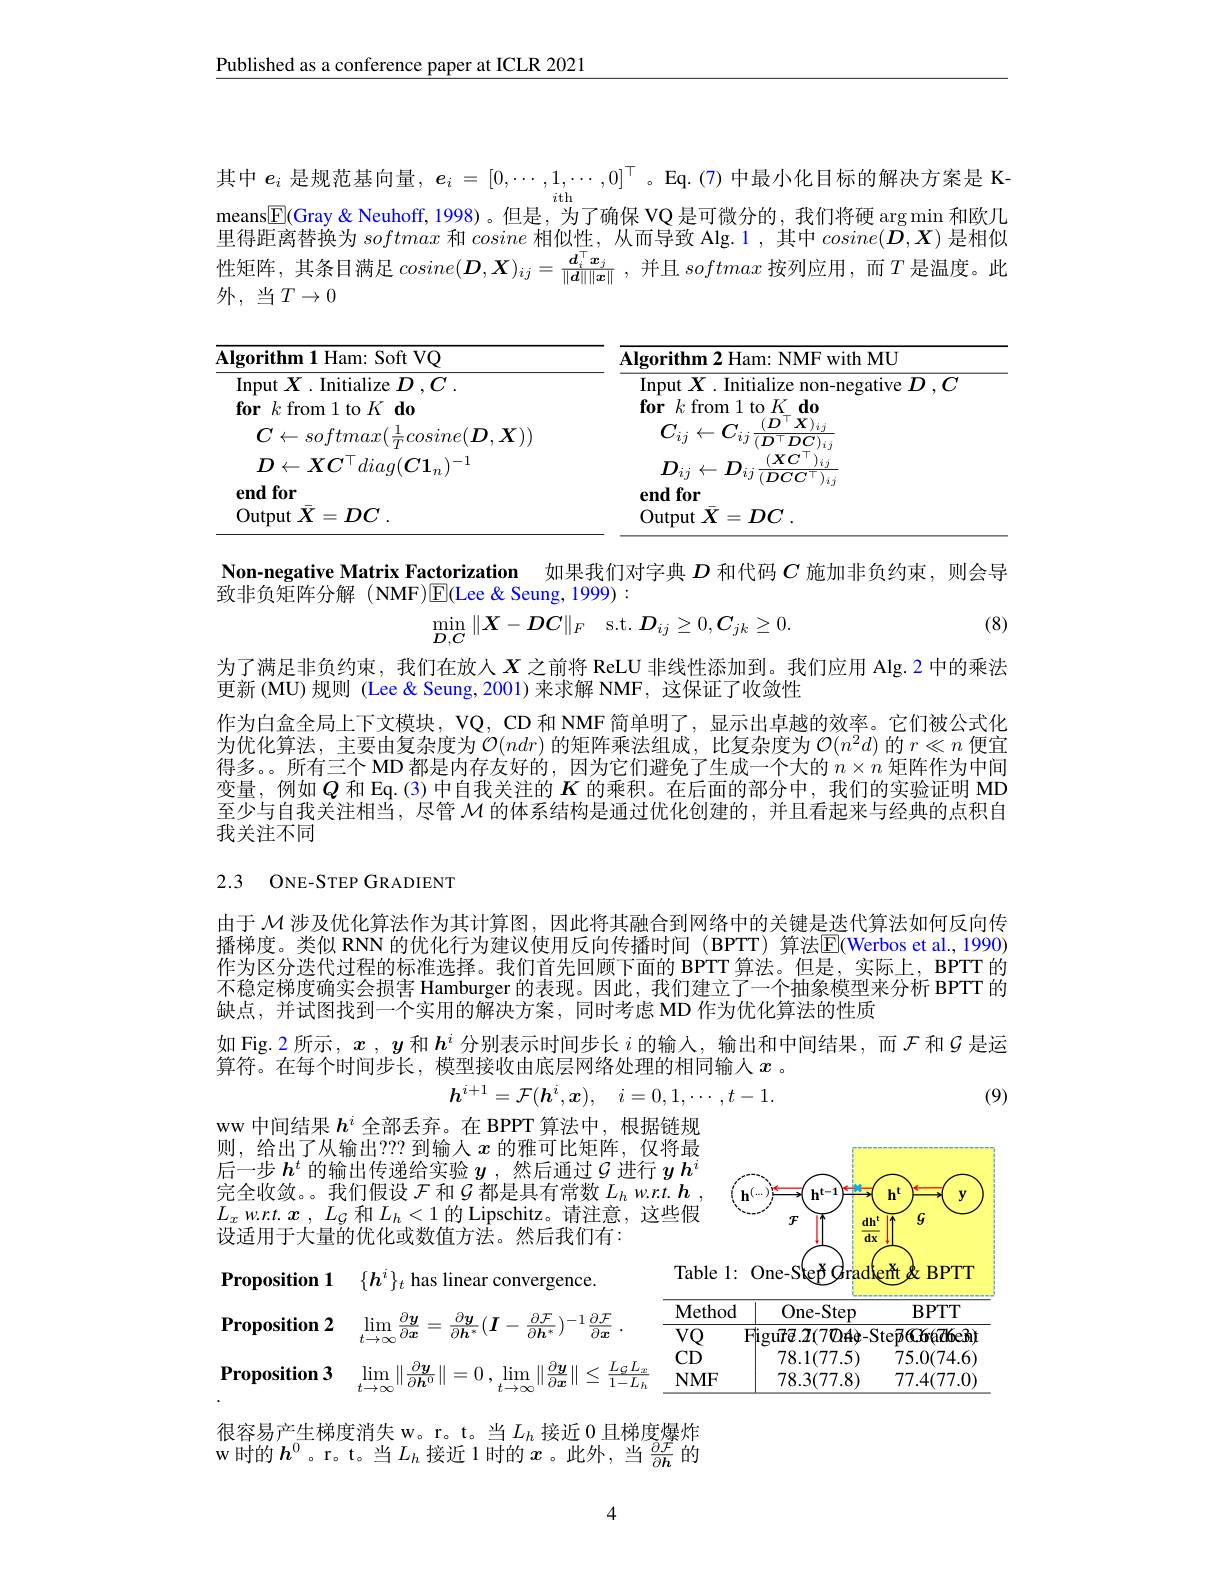
Published as a conference paper at ICLR 2021

其中$e_i$是规范基向量，$\boldsymbol e_i=[0,\cdots,1,\cdots,0]^\top$。Eq.(7)中最小化目标的解决方案是 Kmeans$\underline{\mathbb{F}}$(Gray & Neuhoff, 1998)。但是，为了确保 VQ 是可微分的，我们将硬 arg min 和欧几里得距离替换为softmax和cosine相似性，从而导致 Alg.1,其中$cosine(\boldsymbol{D},\boldsymbol{X})$是相似生矩阵，其条目满足$cosine(\boldsymbol{D},\boldsymbol{X})_{ij}=\frac{\boldsymbol{d}_i^{|}\boldsymbol{x}_j}{\|\boldsymbol{d}\|\|\boldsymbol{x}\|}$, 并且 softmax 按列应用，而$T$ 是温度。此外，当$T\to0$

<table>
	<tbody>
		<tr>
			<th>$\textbf{lgorithm 1 Ham: Soft VQ}$</th>
			<th>$\textbf{Algorithm 2 Ham: NMF with MU}$</th>
		</tr>
		<tr>
			<td>Input $X.$ Initialize $D,C$ $\textbf{for}k$from1to$K\textbf{do}$</td>
			<td>Input $X.$ Initialize non-negative $D,C$ $\textbf{for}k$ from 1 to $K\textbf{do}$</td>
		</tr>
		<tr>
			<td>$C\leftarrow softmax(\frac{1}{T}cosine(\boldsymbol{D},\boldsymbol{X}))$</td>
			<td>$C_{ij}\leftarrow C_{ij}$ $(D^{\:|}X)_{ij}$ $\overline{(D^{\top}DC)_{ij}}$</td>
		</tr>
		<tr>
			<td>$D\leftarrow XC^{\top}diag(C1_{n})^{-1}$ $\mathbf{endfor}$ $\operatorname { \mathrm{Output~}} \bar{X} = DC$ .</td>
			<td>$\boldsymbol{D}_{ij}\leftarrow\boldsymbol{D}_{ij}\frac{(XC^{\:|})_{ij}}{(DCC^{\:\top})_{ij}}$ $(XC^{\top})_{ij}$ $\mathbf{endfor}$ Output$\bar{\boldsymbol{X}} = DC$</td>
		</tr>
	</tbody>
</table>

Non-negative Matrix Factorization 如果我们对字典$D$和代码$C$施加非负约束，则会导

致非负矩阵分解(NMF)$\operatorname{E}($Lee&Seung,1999):

(8)
$$\min_{D,C}\|X-DC\|_{F}\quad\mathrm{s.t.}\:D_{ij}\geq0,C_{jk}\geq0.$$
为了满足非负约束，我们在放人$X$之前将 ReLU 非线性添加到。我们应用 Alg.2 中的乘法
更新 (MU)规则 (Lee & Seung, 2001) 来求解 NMF, 这保证了收敛性

作为白盒全局上下文模块，VQ, CD 和 NMF 简单明了，显示出卓越的效率。它们被公式化为优化算法，主要由复杂度为$\mathcal{O}(ndr)$的矩阵乘法组成，比复杂度为$\mathcal{O}(n^2d)$的$r\ll n$便宜得多。。所有三个 MD 都是内存友好的，因为它们避免了生成一个大的$n\times n$矩阵作为中间变量，例如$Q$和 Eq.(3)中自我关注的$K$的乘积。在后面的部分中，我们的实验证明 MD 至少与自我关注相当，尽管$\mathcal{M}$的体系结构是通过优化创建的，并且看起来与经典的点积自我关注不同

# 2.3 ONE-STEP GRADIENT

由于$\mathcal{M}$涉及优化算法作为其计算图，因此将其融合到网络中的关键是迭代算法如何反向传播梯度。类似 RNN 的优化行为建议使用反向传播时间 (BPTT) 算法$\overline{\mathrm{E}}($Werbos et al.,1990) 作为区分迭代过程的标准选择。我们首先回顾下面的 BPTT 算法。但是，实际上，BPTT 的不稳定梯度确实会损害 Hamburger 的表现。因此，我们建立了一个抽象模型来分析 BPTT 的缺点，并试图找到一个实用的解决方案，同时考虑 MD 作为优化算法的性质
如 Fig. 2 所示$,x,y$和$h^i$分别表示时间步长$i$的输入，输出和中间结果，而$\mathcal{F}$和$\mathcal{G}$是运
算符。在每个时间步长，模型接收由底层网络处理的相同输人$x$ 。
$h^{i+ 1}= \mathcal{F} ( \boldsymbol{h}^i, \boldsymbol{x}) $, $i= 0, 1, \cdots , t- 1.$
(9)

ww 中间结果$h^i$全部丢弃。在 BPPT 算法中，根据链规

则，给出了从输出？?? 到输入$x$的雅可比矩阵，仅将最

后一步$h^t$的输出传递给实验$y$ ,然后通过$\mathcal{G}$进行$yh^i$

完全收敛。。我们假设$\mathcal{F}$和$\mathcal{G}$都是具有常数$L_hw.rt.\boldsymbol{h}$

$L_{x}$ $w. r. t.$ $\boldsymbol{x}$ , $L_{\mathcal{G} }$和$L_h<1$的 Lipschitz。请注意，这些假

设适用于大量的优化或数值方法。然后我们有：

<FigureHere>

Proposition 1 $\{ h^i\} _t$ has linear convergence.
${\textbf{Proposition 2}}$ $\operatorname* { lim} _{t\to \infty }\frac {\partial \boldsymbol{y}}{\partial \boldsymbol{x}}= \frac {\partial \boldsymbol{y}}{\partial \boldsymbol{h}^{* }}( \boldsymbol{I}- \frac {\partial \mathcal{F} }{\partial \boldsymbol{h}^{* }}) ^{- 1}\frac {\partial \mathcal{F} }{\partial \boldsymbol{x}}$ .
Proposition 3 $\lim _{t\to \infty }\| \frac {\partial \boldsymbol{y}}{\partial \boldsymbol{h}^0}\| = 0, \lim _{t\to \infty }\| \frac {\partial \boldsymbol{y}}{\partial \boldsymbol{x}}\| \leq \frac {L_GL_x}{1- L_h}$

很容易产生梯度消失 w。r。t。当$L_h$ 接近 0且梯度爆炸w 时的$h^{0}$。r。t。当$L_h$接近 1 时的$x$。此外，当$\frac\partial\mathcal{F}{R}$的

4